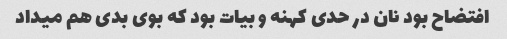
افتضاح بود نان در حدی کهنه و بیات بود که بوی بدی هم میداد